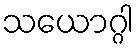
သယောဂ္ဂါ